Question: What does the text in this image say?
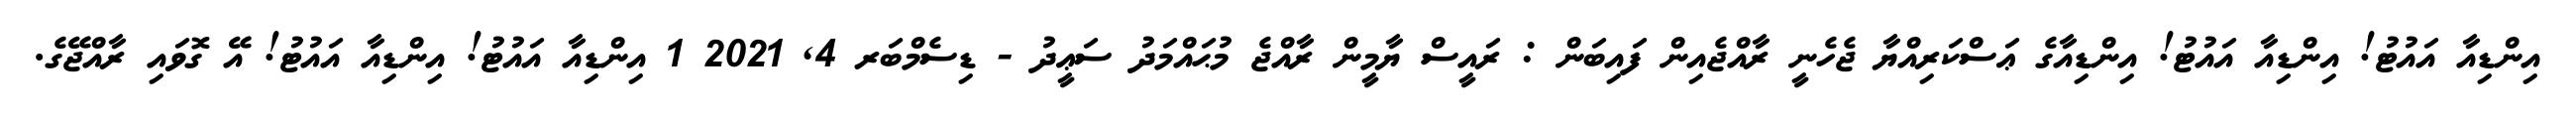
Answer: އިންޑިއާ އައުޓު! އިންޑިއާ އައުޓު! އިންޑިއާގެ ޢަސްކަރިއްޔާ ޖެހެނީ ރާއްޖެއިން ފައިބަން : ރައީސް ޔާމީން ރާއްޖެ މުޙައްމަދު ސަޢީދު - ޑިސެމްބަރ 4, 2021 1 އިންޑިއާ އައުޓު! އިންޑިއާ އައުޓު! އޭ ގޮވައި ރާއްޖޭގެ.